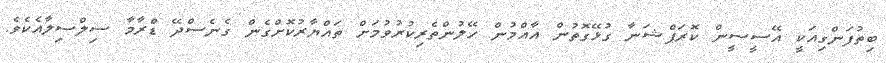
ބިތުފަންގިއަކީ އޭސީސީން ކޮރަޕްޝަނާ ގުޅޭގޮތުން އާއްމުން ހޭލުންތެރިކުރުވުމަށް ތައްޔާރުކޮށްގެން ގެނެސްދޭ ޑްރާމާ ސިލްސިލާއެކެވެ.